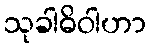
သုခါဓိဝါဟာ